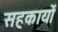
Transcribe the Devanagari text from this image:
सहकार्यों